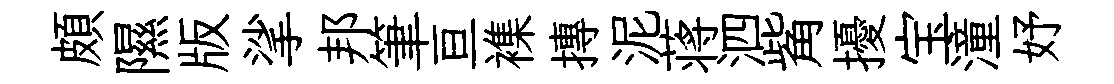
頗隰版挲邦筆亘襍摶泥蒋泗觜擾宝潼妤